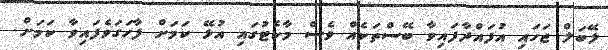
ލޭބަލް ޖަހައި އުފައްދާފައިވާ ބޭސްތަކެއް ވެސް މާކެޓުގައި އުޅޭ ކަމަށް ފާހަގަވެފައިވާ ކަމަށް